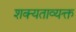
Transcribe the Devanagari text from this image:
शक्यताव्यक्त